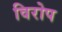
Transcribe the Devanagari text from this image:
विरोप